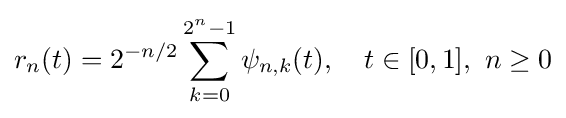
r_{n}(t)=2^{-n/2}\sum _{k=0}^{2^{n}-1}\psi _{n,k}(t),\quad t\in [0,1],\ n\geq 0